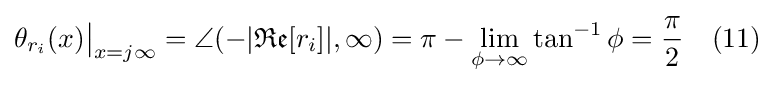
\theta _{r_{i}}(x){\big |}_{x=j\infty }=\angle (-|{\mathfrak {Re}}[r_{i}]|,\infty )=\pi -\lim _{\phi \to \infty }\tan ^{-1}\phi ={\frac {\pi }{2}}\quad (11)